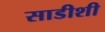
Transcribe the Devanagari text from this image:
साडीशी